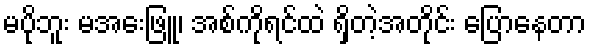
မပိုဘူး မအေးဖြူ၊ အစ်ကိုရင်ထဲ ရှိတဲ့အတိုင်း ပြောနေတာ